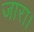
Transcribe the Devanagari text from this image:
जारा।